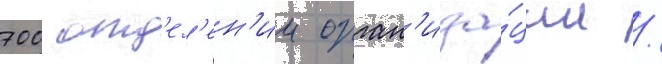
700 отд'ел'ен'ии орган'иза́ции /